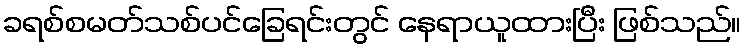
ခရစ်စမတ်သစ်ပင်ခြေရင်းတွင် နေရာယူထားပြီး ဖြစ်သည်။